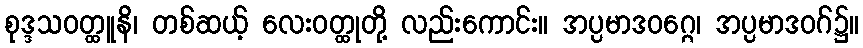
စုဒ္ဒသဝတ္ထူနိ၊ တစ်ဆယ့် လေးဝတ္ထုတို့ လည်းကောင်း။ အပ္ပမာဒဝဂ္ဂေ၊ အပ္ပမာဒဝဂ်၌။